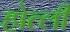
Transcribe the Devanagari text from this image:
होत्ली